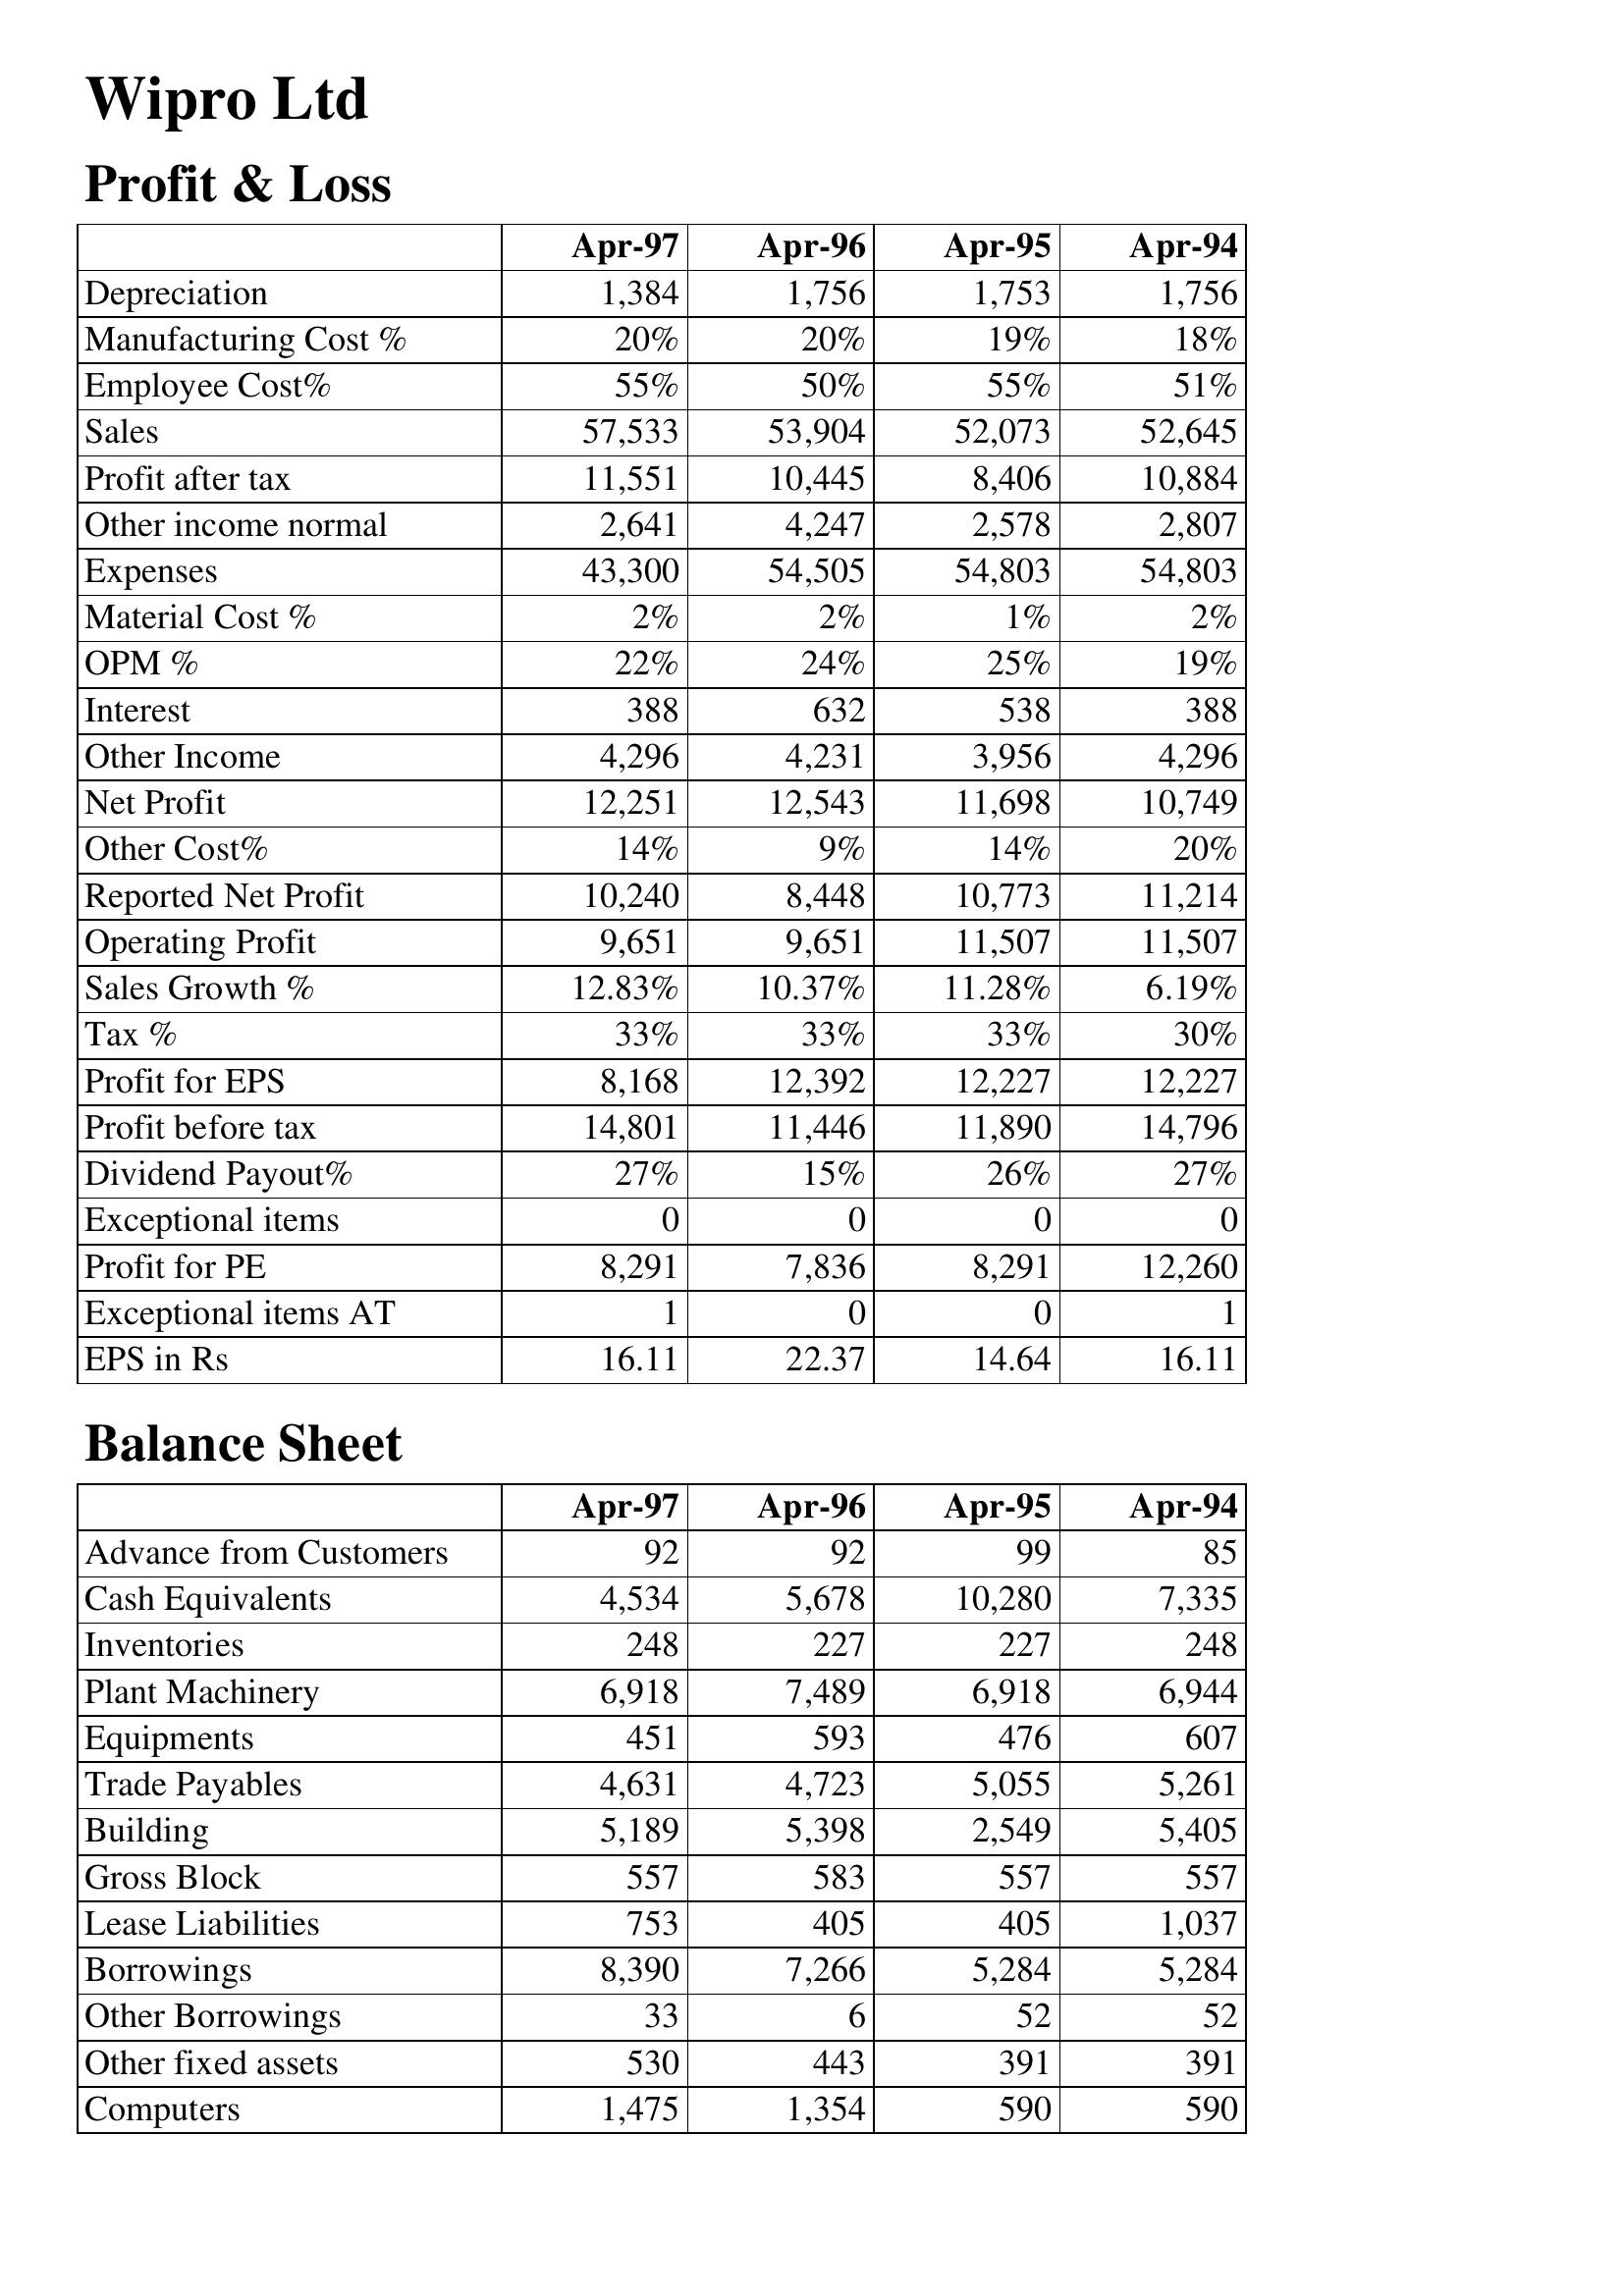
Apr-97: Profit & Loss: Depreciation: 1,384
Manufacturing Cost %: 20%
Employee Cost%: 55%
Sales: 57,533
Profit after tax: 11,551
Other income normal: 2,641
Expenses: 43,300
Material Cost %: 2%
OPM %: 22%
Interest: 388
Other Income: 4,296
Net Profit: 12,251
Other Cost%: 14%
Reported Net Profit: 10,240
Operating Profit: 9,651
Sales Growth %: 12.83%
Tax %: 33%
Profit for EPS: 8,168
Profit before tax: 14,801
Dividend Payout%: 27%
Exceptional items: 0
Profit for PE: 8,291
Exceptional items AT: 1
EPS in Rs: 16.11
Balance Sheet: Advance from Customers: 92
Cash Equivalents: 4,534
Inventories: 248
Plant Machinery: 6,918
Equipments: 451
Trade Payables: 4,631
Building: 5,189
Gross Block: 557
Lease Liabilities: 753
Borrowings: 8,390
Other Borrowings: 33
Other fixed assets: 530
Computers: 1,475
Apr-96: Profit & Loss: Depreciation: 1,756
Manufacturing Cost %: 20%
Employee Cost%: 50%
Sales: 53,904
Profit after tax: 10,445
Other income normal: 4,247
Expenses: 54,505
Material Cost %: 2%
OPM %: 24%
Interest: 632
Other Income: 4,231
Net Profit: 12,543
Other Cost%: 9%
Reported Net Profit: 8,448
Operating Profit: 9,651
Sales Growth %: 10.37%
Tax %: 33%
Profit for EPS: 12,392
Profit before tax: 11,446
Dividend Payout%: 15%
Exceptional items: 0
Profit for PE: 7,836
Exceptional items AT: 0
EPS in Rs: 22.37
Balance Sheet: Advance from Customers: 92
Cash Equivalents: 5,678
Inventories: 227
Plant Machinery: 7,489
Equipments: 593
Trade Payables: 4,723
Building: 5,398
Gross Block: 583
Lease Liabilities: 405
Borrowings: 7,266
Other Borrowings: 6
Other fixed assets: 443
Computers: 1,354
Apr-95: Profit & Loss: Depreciation: 1,753
Manufacturing Cost %: 19%
Employee Cost%: 55%
Sales: 52,073
Profit after tax: 8,406
Other income normal: 2,578
Expenses: 54,803
Material Cost %: 1%
OPM %: 25%
Interest: 538
Other Income: 3,956
Net Profit: 11,698
Other Cost%: 14%
Reported Net Profit: 10,773
Operating Profit: 11,507
Sales Growth %: 11.28%
Tax %: 33%
Profit for EPS: 12,227
Profit before tax: 11,890
Dividend Payout%: 26%
Exceptional items: 0
Profit for PE: 8,291
Exceptional items AT: 0
EPS in Rs: 14.64
Balance Sheet: Advance from Customers: 99
Cash Equivalents: 10,280
Inventories: 227
Plant Machinery: 6,918
Equipments: 476
Trade Payables: 5,055
Building: 2,549
Gross Block: 557
Lease Liabilities: 405
Borrowings: 5,284
Other Borrowings: 52
Other fixed assets: 391
Computers: 590
Apr-94: Profit & Loss: Depreciation: 1,756
Manufacturing Cost %: 18%
Employee Cost%: 51%
Sales: 52,645
Profit after tax: 10,884
Other income normal: 2,807
Expenses: 54,803
Material Cost %: 2%
OPM %: 19%
Interest: 388
Other Income: 4,296
Net Profit: 10,749
Other Cost%: 20%
Reported Net Profit: 11,214
Operating Profit: 11,507
Sales Growth %: 6.19%
Tax %: 30%
Profit for EPS: 12,227
Profit before tax: 14,796
Dividend Payout%: 27%
Exceptional items: 0
Profit for PE: 12,260
Exceptional items AT: 1
EPS in Rs: 16.11
Balance Sheet: Advance from Customers: 85
Cash Equivalents: 7,335
Inventories: 248
Plant Machinery: 6,944
Equipments: 607
Trade Payables: 5,261
Building: 5,405
Gross Block: 557
Lease Liabilities: 1,037
Borrowings: 5,284
Other Borrowings: 52
Other fixed assets: 391
Computers: 590